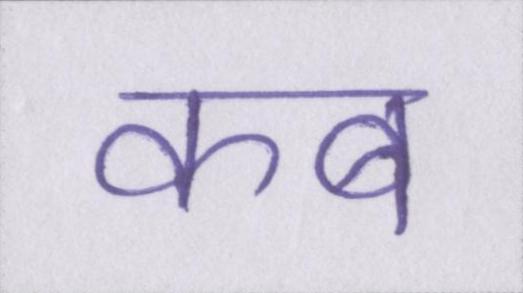
कब